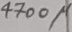
Text: 4700µ